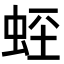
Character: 𧊻